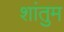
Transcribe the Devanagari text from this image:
शांतुम